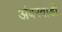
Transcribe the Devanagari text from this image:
अंबरवाडी